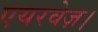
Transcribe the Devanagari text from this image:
एयरवेज़।